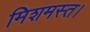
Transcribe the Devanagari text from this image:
मिशमस्त।